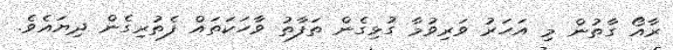
ރާއޯ ގާތުން މި އަހަރު ވަރިވުމާ ގުޅިގެން ތަފާތު ވާހަކަތައް ފެތުރިގެން ދިޔައެވެ.